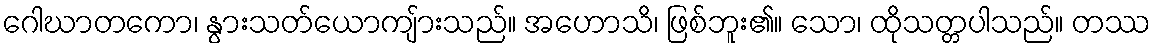
ဂေါဃာတကော၊ နွားသတ်ယောကျ်ားသည်။ အဟောသိ၊ ဖြစ်ဘူး၏။ သော၊ ထိုသတ္တပါသည်။ တဿ